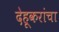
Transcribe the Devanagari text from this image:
देहूकरांचा